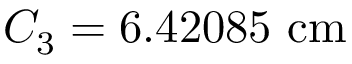
C _ { 3 } = 6 . 4 2 0 8 5 \ \mathrm { c m }